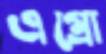
এগ্রো